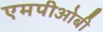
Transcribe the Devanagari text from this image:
एमपीओबी